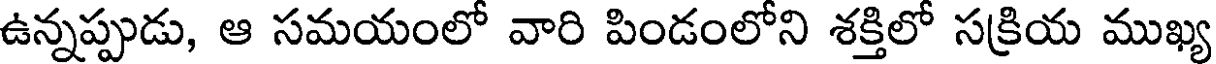
ఉన్నప్పుడు, ఆ సమయంలో వారి పిండంలోని శక్తిలో సక్రియ ముఖ్య